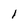
Character: l